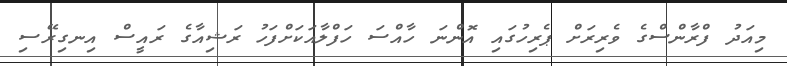
މިއަދު ފްރާންސްގެ ވެރިރަށް ޕެރިހުގައި އޮންނަ ހާއްސަ ހަފްލާއަކަށްފަހު ރަޝިއާގެ ރައީސް އިނގިރޭސި